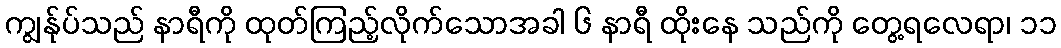
ကျွန်ုပ်သည် နာရီကို ထုတ်ကြည့်လိုက်သောအခါ ၆ နာရီ ထိုးနေ သည်ကို တွေ့ရလေရာ၊ ၁၁